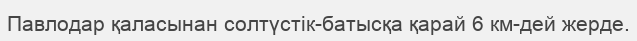
Павлодар қаласынан солтүстік-батысқа қарай 6 км-дей жерде.